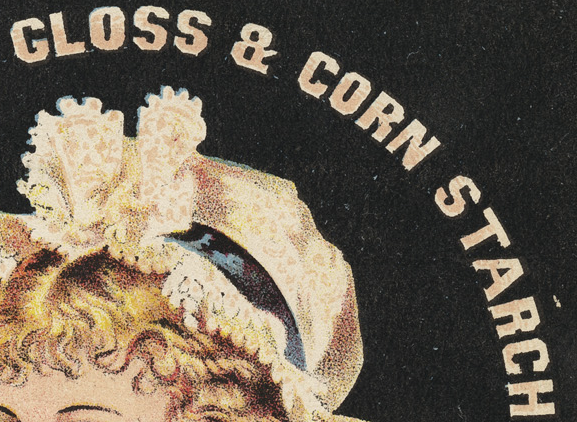
CLOSS & CORN STARCH